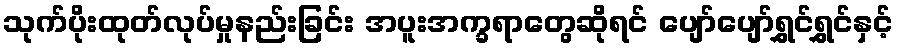
သုက်ပိုးထုတ်လုပ်မှုနည်းခြင်း အပူးအက္ခရာတွေဆိုရင် ပျော်ပျော်ရွှင်ရွှင်နှင့်